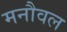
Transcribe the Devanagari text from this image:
मनौवल